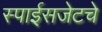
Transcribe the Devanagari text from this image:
स्पाईसजेटचे